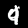
Digit: 9